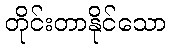
တိုင်းတာနိုင်သော